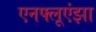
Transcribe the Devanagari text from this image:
एनफ्लूएंझा